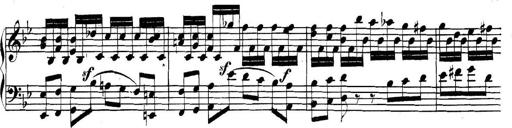
Title: Collected Piano Sonatas
Composer: Muzio Clementi